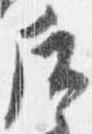
后